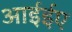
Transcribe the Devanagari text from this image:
आईईए